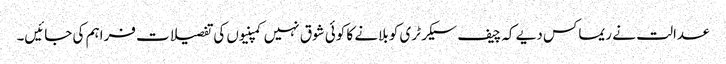
عدالت نے ریماکس دیے کہ چیف سیکرٹری کو بلانے کا کوئی شوق نہیں کمپنیوں کی تفصیلات فراہم کی جائیں۔